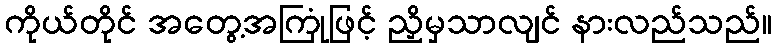
ကိုယ်တိုင် အတွေ့အကြုံဖြင့် ညှိမှသာလျင် နားလည်သည်။